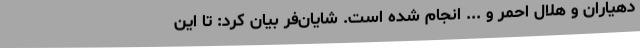
دهیاران و هلال احمر و ... انجام شده است. شایان‌فر بیان کرد: تا این